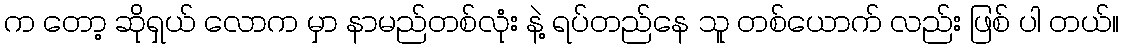
က တော့ ဆိုရှယ် လောက မှာ နာမည်တစ်လုံး နဲ့ ရပ်တည်နေ သူ တစ်ယောက် လည်း ဖြစ် ပါ တယ်။